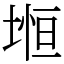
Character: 𡍷